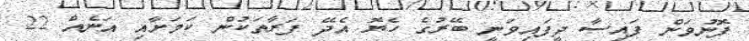
ފޮނުވަން ފައިސާ ދީފައިވަނީ ބޭރުގެ ހެޔޮ އެދޭ ފަރާތަކުން ކަމަށާއި އަނެއް 22